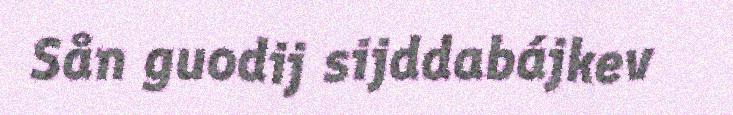
Sån guodij sijddabájkev